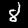
Label: 8